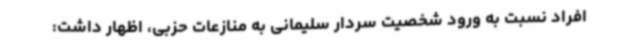
افراد نسبت به ورود شخصیت سردار سلیمانی به منازعات حزبی، اظهار داشت: